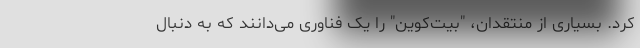
کرد. بسیاری از منتقدان، "بیت‌کوین" را یک فناوری می‌دانند که به دنبال